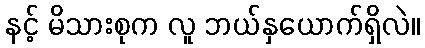
နင့် မိသားစုက လူ ဘယ်နှယောက်ရှိလဲ။